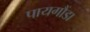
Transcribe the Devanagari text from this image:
पायगौंडा